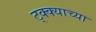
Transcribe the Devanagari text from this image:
ट्क्क्याच्या